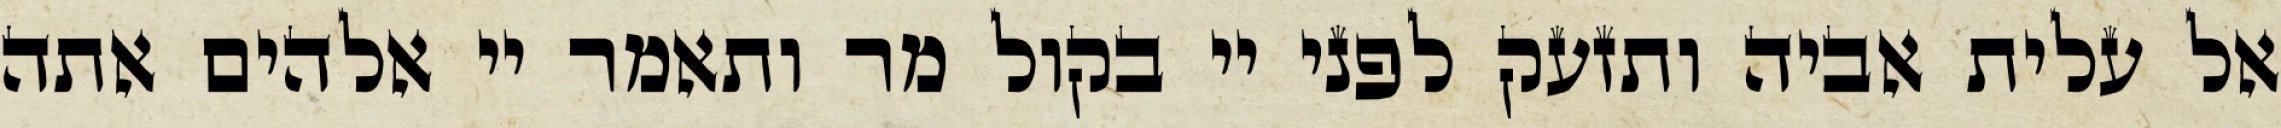
אל עלית אביה ותזעק לפני יי בקול מר ותאמר יי אלהים אתה